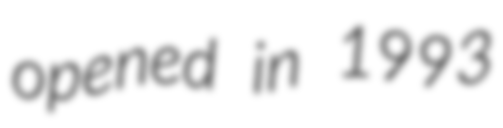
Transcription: opened in 1993